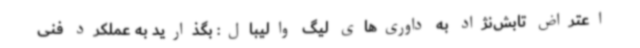
اعتراض تابش‌نژاد به داوری‌های لیگ والیبال: بگذارید به عملکرد فنی